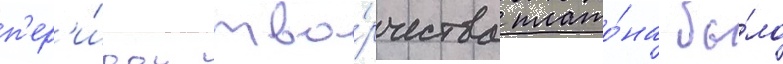
п'ер'и́оду тво́рчества плато́на бы́ло